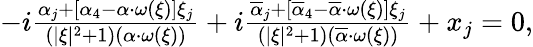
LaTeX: \begin{array}{r}{-i\frac{\alpha_{j}+[\alpha_{4}-\alpha\cdot\omega(\xi)]\xi_{j}}{(|\xi|^{2}+1)(\alpha\cdot\omega(\xi))}+i\frac{\overline{{\alpha}}_{j}+[\overline{{\alpha}}_{4}-\overline{{\alpha}}\cdot\omega(\xi)]\xi_{j}}{(|\xi|^{2}+1)(\overline{{\alpha}}\cdot\omega(\xi))}+x_{j}=0,}\end{array}